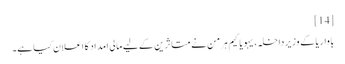
[14]
باواریا کے وزیر داخلہ، یہویاکیم ہرمن نے متاثرین کے لیے مالی امداد کا اعلان کیا ہے۔